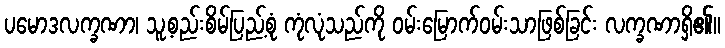
ပမောဒလက္ခဏာ၊ သူ့စည်းစိမ်ပြည့်စုံ ကုံလုံသည်ကို ဝမ်းမြောက်ဝမ်းသာဖြစ်ခြင်း လက္ခဏာရှိ၏။